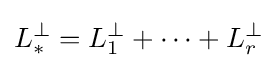
L_{*}^{\perp }=L_{1}^{\perp }+\cdots +L_{r}^{\perp }